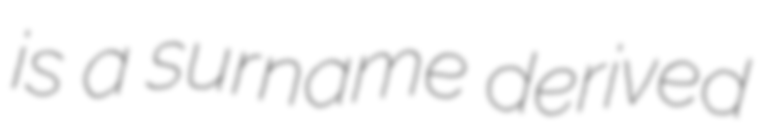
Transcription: is a surname derived